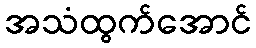
အသံထွက်အောင်